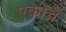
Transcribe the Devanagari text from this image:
एकाचें